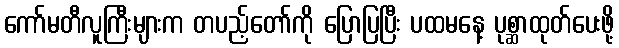
ကော်မတီလူကြီးများက တပည့်တော်ကို ပြောပြပြီး ပထမနေ့ ပုစ္ဆာထုတ်ပေးဖို့